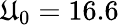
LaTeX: \mathfrak{U}_{0}=16.6